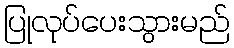
ပြုလုပ်ပေးသွားမည်